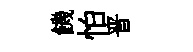
饑怕晋